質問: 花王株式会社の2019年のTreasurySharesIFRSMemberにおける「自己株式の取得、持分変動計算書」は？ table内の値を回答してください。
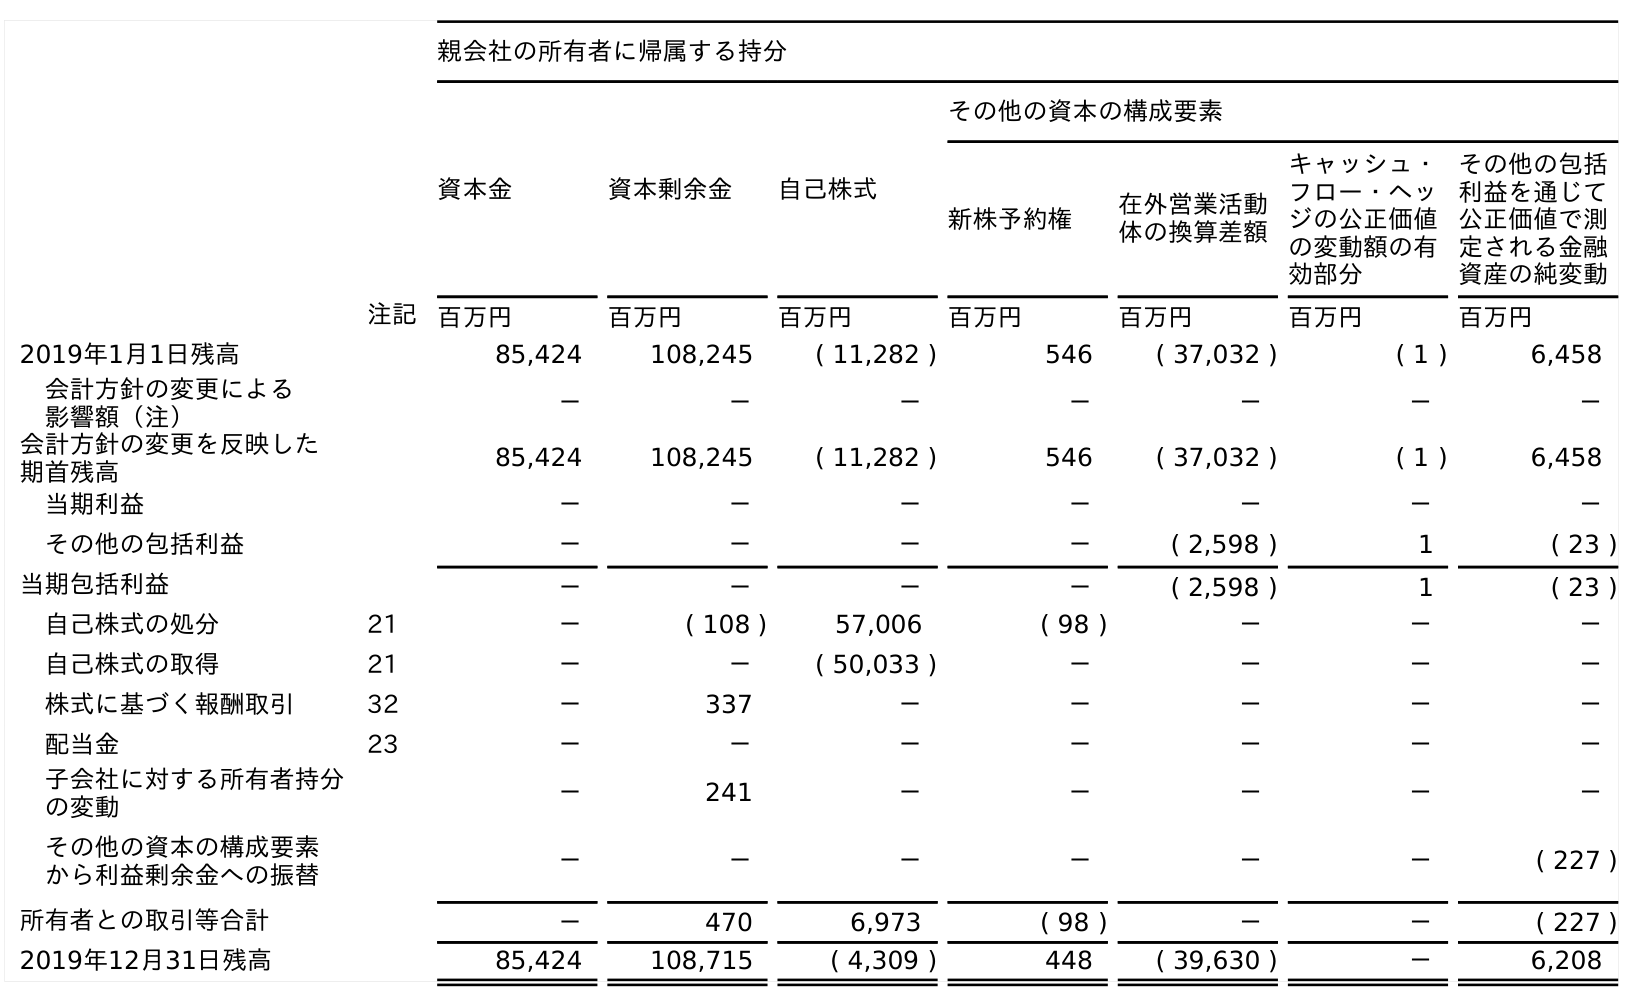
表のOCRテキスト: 親会社の所有者に帰属する持分 資本金 資本剰余金 自己株式 その他の資本の構成要素 新株予約権 在外営業活動 体の換算差額 キャッシュ・ フロー・ヘッ ジの公正価値 の変動額の有 効部分 その他の包括 利益を通じて 公正価値で測 定される金融 資産の純変動 注記 百万円 百万円 百万円 百万円 百万円 百万円 百万円 2019年1月1日残高 85,424 108,245 ( 11,282 ) 546 ( 37,032 ) ( 1 ) 6,458 会計方針の変更による 影響額（注） － － － － － － － 会計方針の変更を反映した 期首残高 85,424 108,245 ( 11,282 ) 546 ( 37,032 ) ( 1 ) 6,458 当期利益 － － － － － － － その他の包括利益 － － － － ( 2,598 ) 1 ( 23 ) 当期包括利益 － － － － ( 2,598 ) 1 ( 23 ) 自己株式の処分 21 － ( 108 ) 57,006 ( 98 ) － － － 自己株式の取得 21 － － ( 50,033 ) － － － － 株式に基づく報酬取引 32 － 337 － － － － － 配当金 23 － － － － － － － 子会社に対する所有者持分 の変動 － 241 － － － － － その他の資本の構成要素 から利益剰余金への振替 － － － － － － ( 227 ) 所有者との取引等合計 － 470 6,973 ( 98 ) － － ( 227 ) 2019年12月31日残高 85,424 108,715 ( 4,309 ) 448 ( 39,630 ) － 6,208
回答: (50,033)